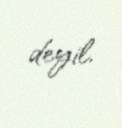
deyil.